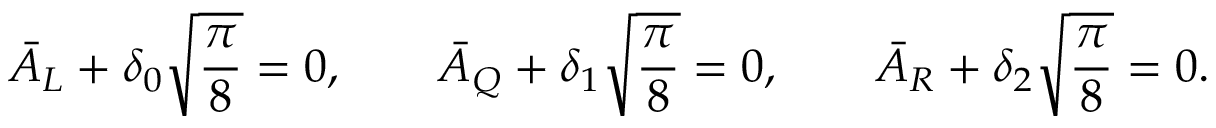
\bar { A } _ { { L } } + \delta _ { 0 } \sqrt { \frac { \pi } { 8 } } = 0 , \qquad \bar { A } _ { { Q } } + \delta _ { 1 } \sqrt { \frac { \pi } { 8 } } = 0 , \qquad \bar { A } _ { { R } } + \delta _ { 2 } \sqrt { \frac { \pi } { 8 } } = 0 .